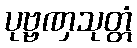
ပုဗ္ဗဏှသုတ္တံ